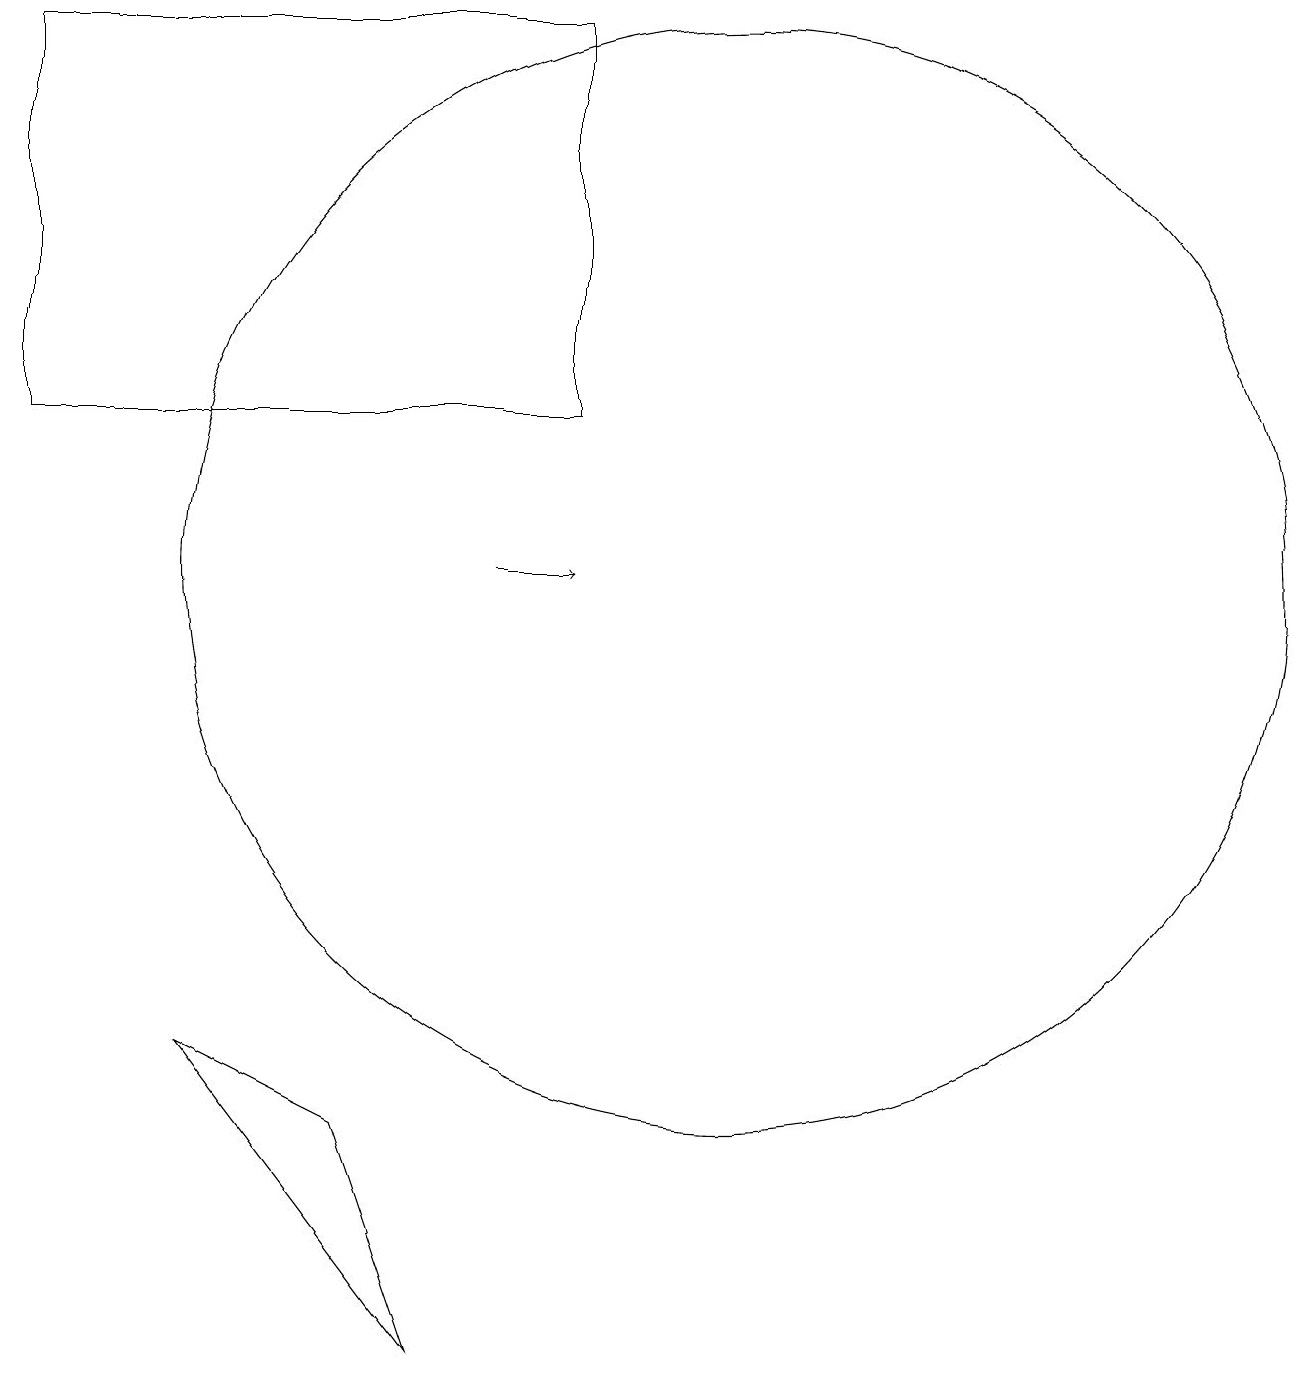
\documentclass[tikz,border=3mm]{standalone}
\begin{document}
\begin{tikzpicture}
\draw (1,19) rectangle (8,14);
\draw (10,12) circle (7);
\draw[->] (7,12) -- (8,12);
\draw (3,6) -- (5,5) -- (6,2) -- cycle;
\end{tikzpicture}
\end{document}